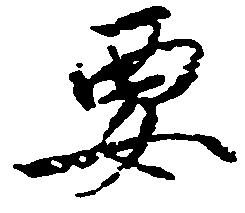
要